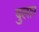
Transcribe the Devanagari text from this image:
बुलार